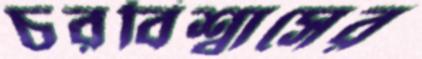
চরবিশ্বাসের